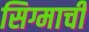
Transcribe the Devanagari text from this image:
सिग्माची